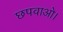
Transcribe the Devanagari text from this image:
छपवाओ।